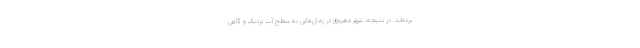
برده‌اند. در نتیجه، شهر مغروق در زمان‌هایی به سطح آب نزدیک و گاهی